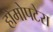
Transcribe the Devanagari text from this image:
होमोपटेरा